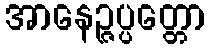
အာနေဉ္ဇပ္ပတ္တော